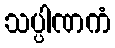
သပ္ပါဏကံ